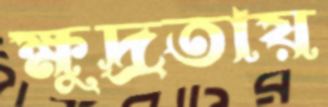
ক্ষুদ্রতায়